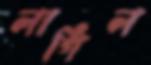
লাগিল